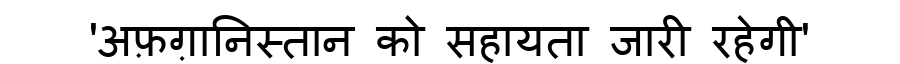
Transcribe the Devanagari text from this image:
'अफ़ग़ानिस्तान को सहायता जारी रहेगी'